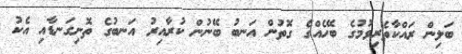
ބަލިން ރައްކާތެރިވުމުގެ ބޭހެއްގެ ގޮތުން އަނބު ބޭނުން ކުރާއިރު އަނބުގެ ތޮށިގަނޑާއި އެކު